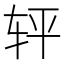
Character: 𰹽